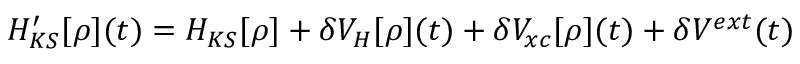
H _ { K S } ^ { \prime } [ \rho ] ( t ) = H _ { K S } [ \rho ] + \delta V _ { H } [ \rho ] ( t ) + \delta V _ { x c } [ \rho ] ( t ) + \delta V ^ { e x t } ( t )